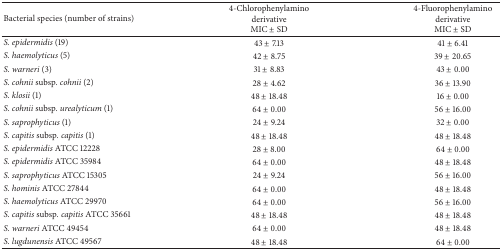
<table><thead><tr><td><b>Bacterial species (number of strains)</b></td><td><b>4-Chlorophenylamino derivative MIC ± SD</b></td><td><b>4-Fluorophenylamino derivative MIC ± SD</b></td></tr></thead><tbody><tr><td><i>S. epidermidis</i> (19)</td><td>43 ± 7.13</td><td>41 ± 6.41</td></tr><tr><td><i>S. haemolyticus</i> (5)</td><td>42 ± 8.75</td><td>39 ± 20.65</td></tr><tr><td><i>S. warneri</i> (3)</td><td>31 ± 8.83</td><td>43 ± 0.00</td></tr><tr><td><i>S. cohnii </i>subsp<i>. cohnii</i> (2)</td><td>28 ± 4.62</td><td>36 ± 13.90</td></tr><tr><td><i>S. klosii </i>(1)</td><td>48 ± 18.48</td><td>16 ± 0.00</td></tr><tr><td><i>S. cohnii </i>subsp<i>. urealyticum</i> (1)</td><td>64 ± 0.00</td><td>56 ± 16.00</td></tr><tr><td><i>S. saprophyticus</i> (1)</td><td>24 ± 9.24</td><td>32 ± 0.00</td></tr><tr><td><i>S. capitis </i>subsp<i>. capitis</i> (1)</td><td>48 ± 18.48</td><td>48 ± 18.48</td></tr><tr><td><i>S. epidermidis </i>ATCC 12228</td><td>28 ± 8.00</td><td>64 ± 0.00</td></tr><tr><td><i>S. epidermidis </i>ATCC 35984</td><td>64 ± 0.00</td><td>48 ± 18.48</td></tr><tr><td><i>S. saprophyticus</i> ATCC 15305</td><td>24 ± 9.24</td><td>56 ± 16.00</td></tr><tr><td><i>S. hominis </i>ATCC 27844</td><td>64 ± 0.00</td><td>48 ± 18.48</td></tr><tr><td><i>S. haemolyticus</i> ATCC 29970</td><td>64 ± 0.00</td><td>56 ± 16.00</td></tr><tr><td><i>S. capitis </i>subsp<i>. capitis</i> ATCC 35661</td><td>48 ± 18.48</td><td>48 ± 18.48</td></tr><tr><td><i>S. warneri</i> ATCC 49454</td><td>64 ± 0.00</td><td>48 ± 18.48</td></tr><tr><td><i>S. lugdunensis</i> ATCC 49567</td><td>48 ± 18.48</td><td>64 ± 0.00</td></tr></tbody></table>